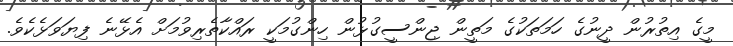
މީގެ އިތުރުން ދީނުގެ ހަމަތަކުގެ މަތީން ޖިންސީގުޅުން ހިންގުމަކީ ރައްކާތެރިވުމަށް އެޅޭނެ ފިޔަވަޅެކެވެ.